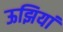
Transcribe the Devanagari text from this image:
ऊझियां